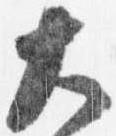
大